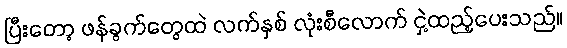
ပြီးတော့ ဖန်ခွက်တွေထဲ လက်နှစ် လုံးစီလောက် ငှဲ့ထည့်ပေးသည်။